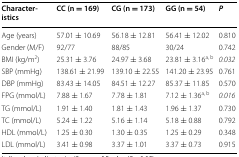
<table><thead><tr><td><b>Characteristics</b></td><td><b>CC (n = 169)</b></td><td><b>CG (n = 173)</b></td><td><b>GG (n = 54)</b></td><td><b><i>P</i></b></td></tr></thead><tbody><tr><td>Age (years)</td><td>57.01 ± 10.69</td><td>56.18 ± 12.81</td><td>56.41 ± 12.02</td><td>0.810</td></tr><tr><td>Gender (M/F)</td><td>92/77</td><td>88/85</td><td>30/24</td><td>0.742</td></tr><tr><td>BMI (kg/m<sup>2</sup>)</td><td>25.31 ± 3.76</td><td>24.97 ± 3.68</td><td>23.81 ± 3.16<sup>a, b</sup></td><td><i>0.032</i></td></tr><tr><td>SBP (mmHg)</td><td>138.61 ± 21.99</td><td>139.10 ± 22.55</td><td>141.20 ± 23.95</td><td>0.761</td></tr><tr><td>DBP (mmHg)</td><td>83.43 ± 14.05</td><td>84.51 ± 12.27</td><td>85.37 ± 11.85</td><td>0.570</td></tr><tr><td>FPG (mmol/L)</td><td>7.88 ± 1.67</td><td>7.78 ± 1.81</td><td>7.12 ± 1.36<sup>a, b</sup></td><td><i>0.016</i></td></tr><tr><td>TG (mmol/L)</td><td>1.91 ± 1.40</td><td>1.81 ± 1.43</td><td>1.96 ± 1.37</td><td>0.730</td></tr><tr><td>TC (mmol/L)</td><td>5.24 ± 1.22</td><td>5.16 ± 1.14</td><td>5.18 ± 0.88</td><td>0.792</td></tr><tr><td>HDL (mmol/L)</td><td>1.25 ± 0.30</td><td>1.30 ± 0.35</td><td>1.25 ± 0.29</td><td>0.348</td></tr><tr><td>LDL (mmol/L)</td><td>3.41 ± 0.98</td><td>3.37 ± 1.01</td><td>3.37 ± 0.73</td><td>0.915</td></tr></tbody></table>